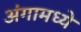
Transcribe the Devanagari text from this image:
अंगामध्ये